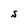
Character: S